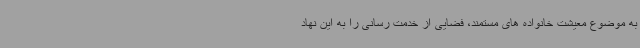
به موضوع معیشت خانواده های مستمند، فضایی از خدمت رسانی را به این نهاد